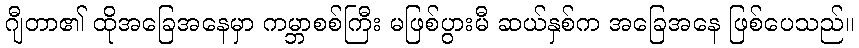
ဂျီတာ၏ ထိုအခြေအနေမှာ ကမ္ဘာစစ်ကြီး မဖြစ်ပွားမီ ဆယ်နှစ်က အခြေအနေ ဖြစ်ပေသည်။